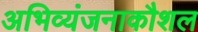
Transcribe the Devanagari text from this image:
अभिव्यंजनाकौशल